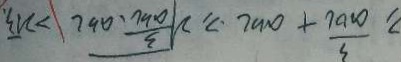
\geq \frac { 3 } { a b c } + a b c \geq \sqrt [ 2 ] { \frac { 3 } { a b c } \cdot a b c } > 2 \sqrt { 3 } .